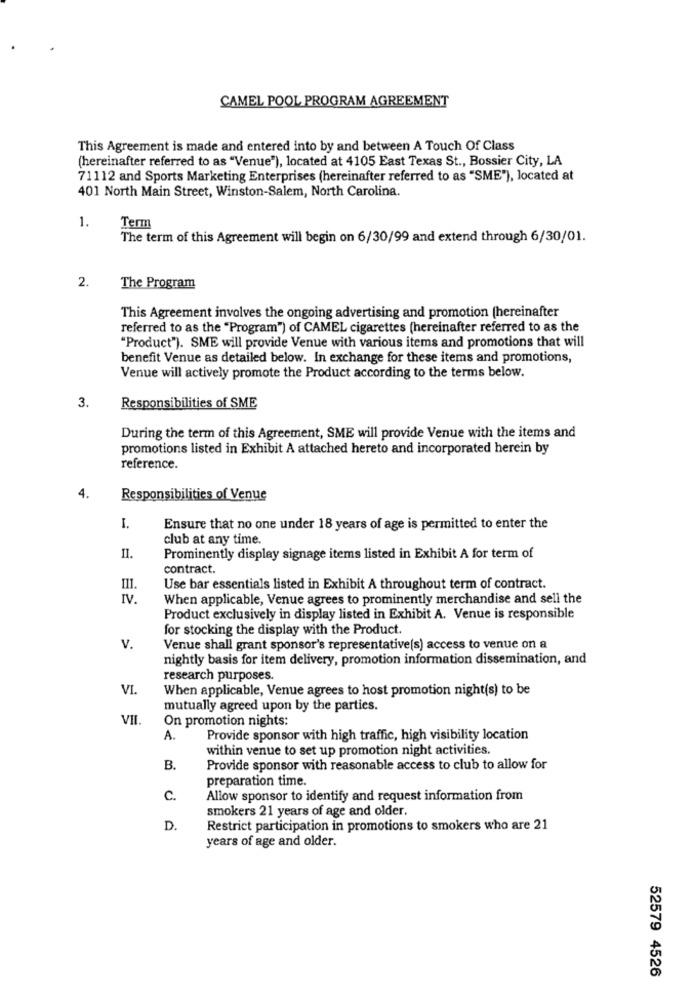
CAMEL POOL PROGRAM AGREEMENT
This Agreement is made and entered into by and between A Touch Of Class
(hereinafter referred to as "Venue"), located at 4105 East Texas St ., Bossier City, LA
71112 and Sports Marketing Enterprises (hereinafter referred to as "SME"), located at
401 North Main Street, Winston-Salem, North Carolina.
1.
Term
The term of this Agreement will begin on 6/30/99 and extend through 6/30/01.
2.
The Program
This Agreement involves the ongoing advertising and promotion (hereinafter
referred to as the "Program") of CAMEL cigarettes (hereinafter referred to as the
"Product"). SME will provide Venue with various items and promotions that will
benefit Venue as detailed below. In exchange for these items and promotions,
Venue will actively promote the Product according to the terms below.
3.
Responsibilities of SME
During the term of this Agreement, SME will provide Venue with the items and
promotions listed in Exhibit A attached hereto and incorporated herein by
reference.
4.
Responsibilities of Venue
I.
Ensure that no one under 18 years of age is permitted to enter the
club at any time.
II.
Prominently display signage items listed in Exhibit A for term of
contract.
Use bar essentials listed in Exhibit A throughout term of contract.
IV.
When applicable, Venue agrees to prominently merchandise and sell the
Product exclusively in display listed in Exhibit A. Venue is responsible
for stocking the display with the Product.
v.
Venue shall grant sponsor's representative(s) access to venue on a
nightly basis for item delivery, promotion information dissemination, and
research purposes.
VI.
When applicable, Venue agrees to host promotion night(s) to be
mutually agreed upon by the parties.
VII.
On promotion nights:
A.
Provide sponsor with high traffic, high visibility location
within venue to set up promotion night activities.
B.
Provide sponsor with reasonable access to club to allow for
preparation time.
c.
Allow sponsor to identify and request information from
smokers 21 years of age and older.
D.
Restrict participation in promotions to smokers who are 21
years of age and older.
52579 4526